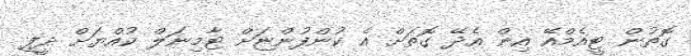
ގޮތުން ޓީއެމްއޭ އިން އެދޭ ގޮތަށް އެ ކުންފުންޏަށް ޓާމިނަލް ކުއްޔަށް ދީފި